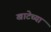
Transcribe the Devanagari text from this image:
खाटेच्या